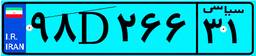
۹۸D۲۶۶۳۱